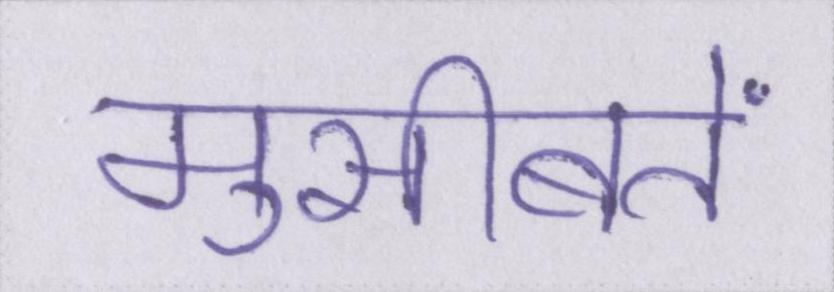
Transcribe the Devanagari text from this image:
मुसीबतें